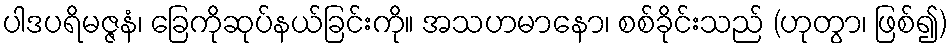
ပါဒပရိမဇ္ဇနံ၊ ခြေကိုဆုပ်နယ်ခြင်းကို။ အသဟမာနော၊ စစ်ခိုင်းသည် (ဟုတွာ၊ ဖြစ်၍)